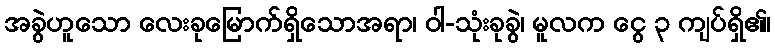
အခွဲဟူသော လေးခုမြောက်ရှိသောအရာ၊ ဝါ-သုံးခုခွဲ၊ မူလက ငွေ ၃ ကျပ်ရှိ၏၊